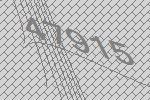
47915